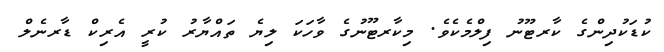
ކުޑަކުދިންގެ ކާރޓޫނު ފިލްމެކެވެ. މިކާރޓޫނުގެ ވާހަކަ ލިޔެ ތައްޔާރު ކުރީ އެރިކް ޑާރނެލް